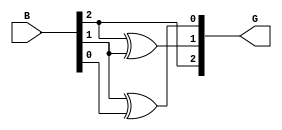
module gray_code_encoder #(parameter n = 3) (
    input  [n-1:0] B,  // n-bit binary input
    output [n-1:0] G   // n-bit Gray code output
);

// Assign the most significant bit of Gray code
assign G[n-1] = B[n-1];

// Generate the remaining bits of Gray code using XOR
genvar i;
generate
    for (i = n-2; i >= 0; i = i - 1) begin : gray_logic
        assign G[i] = B[i+1] ^ B[i];
    end
endgenerate

endmodule